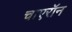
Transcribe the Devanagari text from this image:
चाएरॉन